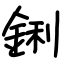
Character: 鋓